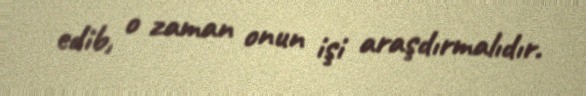
edib, o zaman onun işi araşdırmalıdır.